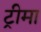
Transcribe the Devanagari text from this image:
ट्रीमा